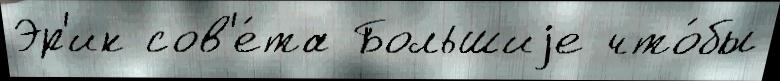
Эр'ик сов'е́та Большиjе что́бы